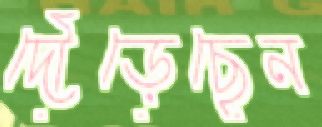
দৌঁড়েছেন